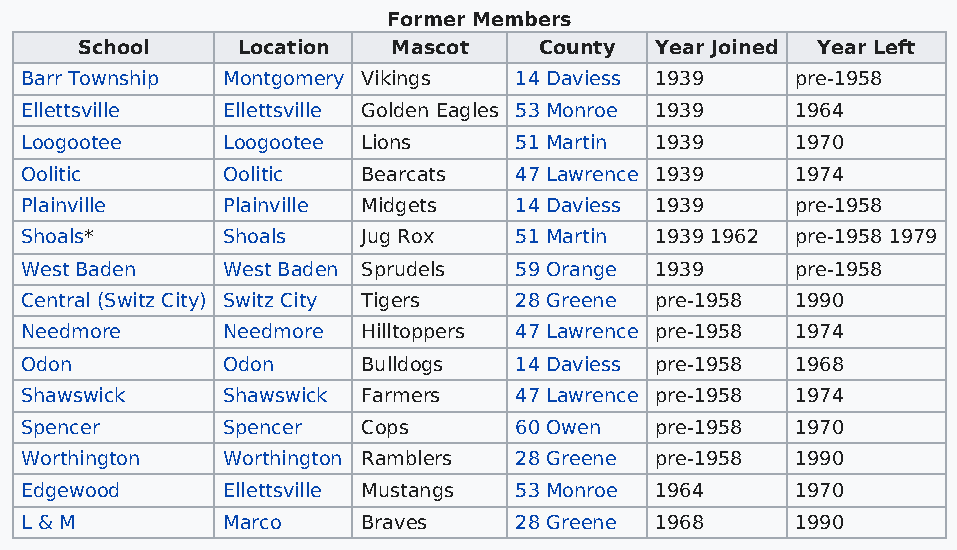
Former Members
 School     Location  Mascot    County Year Joined Year Left
 Barr Township Montgomery Vikings 14 Daviess 1939    pre-1958
 Ellettsville  Ellettsville Golden Eagles 53 Monroe 1939 1964
 Loogootee     Loogootee Lions    51 Martin 1939     1970
 Oolitic       Oolitic  Bearcats  47 Lawrence 1939   1974
 Plainville    Plainville Midgets 14 Daviess 1939    pre-1958
 Shoals*       Shoals   Jug Rox   51 Martin 1939 1962 pre-1958 1979
 West Baden    West Baden Sprudels 59 Orange 1939    pre-1958
 Central (Switz City) Switz City Tigers 28 Greene pre-1958 1990
 Needmore      Needmore Hilltoppers 47 Lawrence pre-1958 1974
 Odon          Odon     Bulldogs  14 Daviess pre-1958 1968
 Shawswick     Shawswick Farmers  47 Lawrence pre-1958 1974
 Spencer       Spencer  Cops      60 Owen  pre-1958  1970
 Worthington   Worthington Ramblers 28 Greene pre-1958 1990
 Edgewood      Ellettsville Mustangs 53 Monroe 1964  1970
 L & M         Marco    Braves    28 Greene 1968     1990